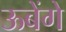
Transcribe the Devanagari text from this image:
ऊबेंगे